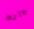
جارو